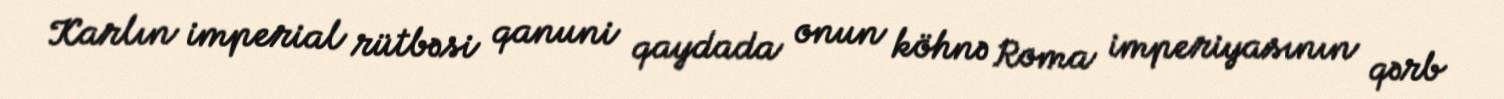
Karlın imperial rütbəsi qanuni qaydada onun köhnə Roma imperiyasının qərb